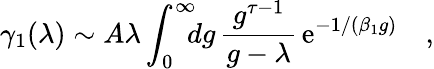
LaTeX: \gamma_{1}(\lambda)\sim A\lambda\int_{0}^{\infty}\! \! \! dg\, {\frac{g^{\tau-1}}{g-\lambda}}\, \mathrm{e}^{-1/(\beta_{1}g)}\quad,